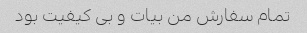
تمام سفارش من بیات و بی کیفیت بود